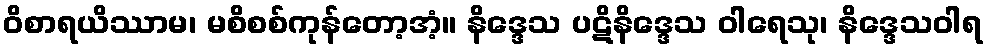
ဝိစာရယိဿာမ၊ မစိစစ်ကုန်တော့အံ့။ နိဒ္ဒေသ ပဋိနိဒ္ဒေသ ဝါရေသု၊ နိဒ္ဒေသဝါရ